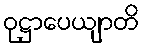
ဝုဋ္ဌာပေယျာတိ